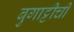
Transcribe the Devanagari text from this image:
बुगाट्टीची